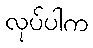
လုပ်ပါက